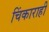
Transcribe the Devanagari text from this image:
चिंकाराही